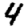
Digit: 4